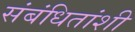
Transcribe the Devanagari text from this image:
संबंधितांशी